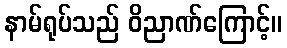
နာမ်ရုပ်သည် ဝိညာဏ်ကြောင့်။